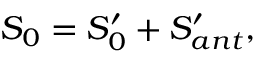
S _ { 0 } = S _ { 0 } ^ { \prime } + S _ { a n t } ^ { \prime } ,